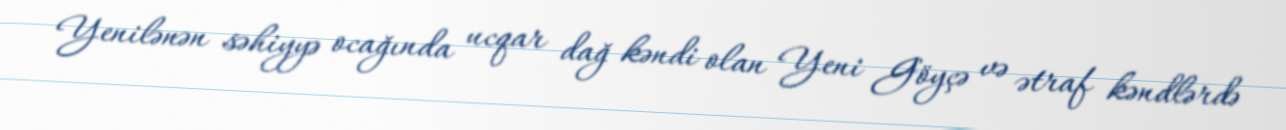
Yenilənən səhiyyə ocağında ucqar dağ kəndi olan Yeni Göyçə və ətraf kəndlərdə